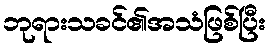
ဘုရားသခင်၏အသံဖြစ်ပြီး